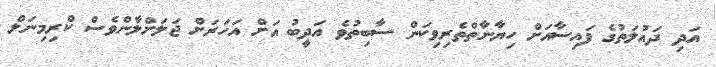
އަދި ދައުލަތުގެ ފައިސާއަށް ހިޔާނާތްތެރިވިކަން ސާބިތުވެ އަދީބު އަށް އަހަރަށް ޖަލަށްލާންވެސް ކްރިމިނަލް